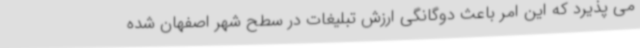
می پذیرد که این امر باعث دوگانگی ارزش تبلیغات در سطح شهر اصفهان شده